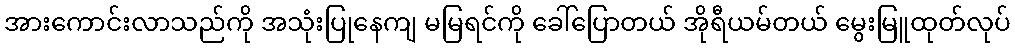
အားကောင်းလာသည်ကို အသုံးပြုနေကျ မမြရင်ကို ခေါ်ပြောတယ် အိုရီယမ်တယ် မွေးမြူထုတ်လုပ်